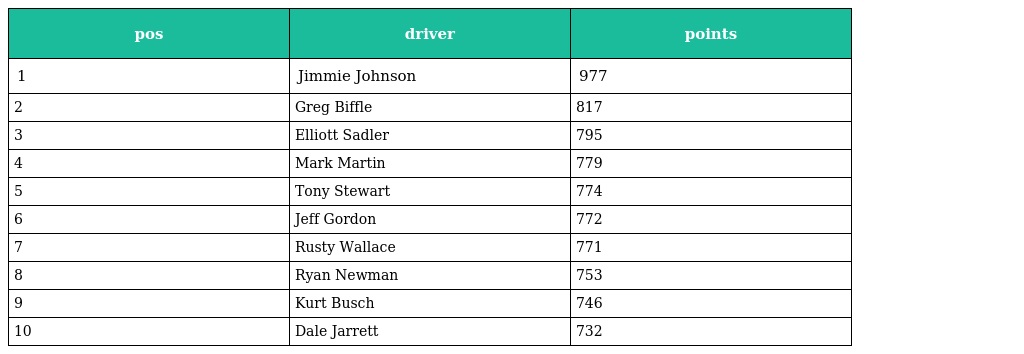
| pos | driver | points |
 | --- | --- | --- |
 | 1 | Jimmie Johnson | 977 |
 | 2 | Greg Biffle | 817 |
 | 3 | Elliott Sadler | 795 |
 | 4 | Mark Martin | 779 |
 | 5 | Tony Stewart | 774 |
 | 6 | Jeff Gordon | 772 |
 | 7 | Rusty Wallace | 771 |
 | 8 | Ryan Newman | 753 |
 | 9 | Kurt Busch | 746 |
 | 10 | Dale Jarrett | 732 |